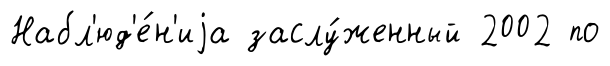
Набл'юд'е́н'иjа заслу́женный 2002 по